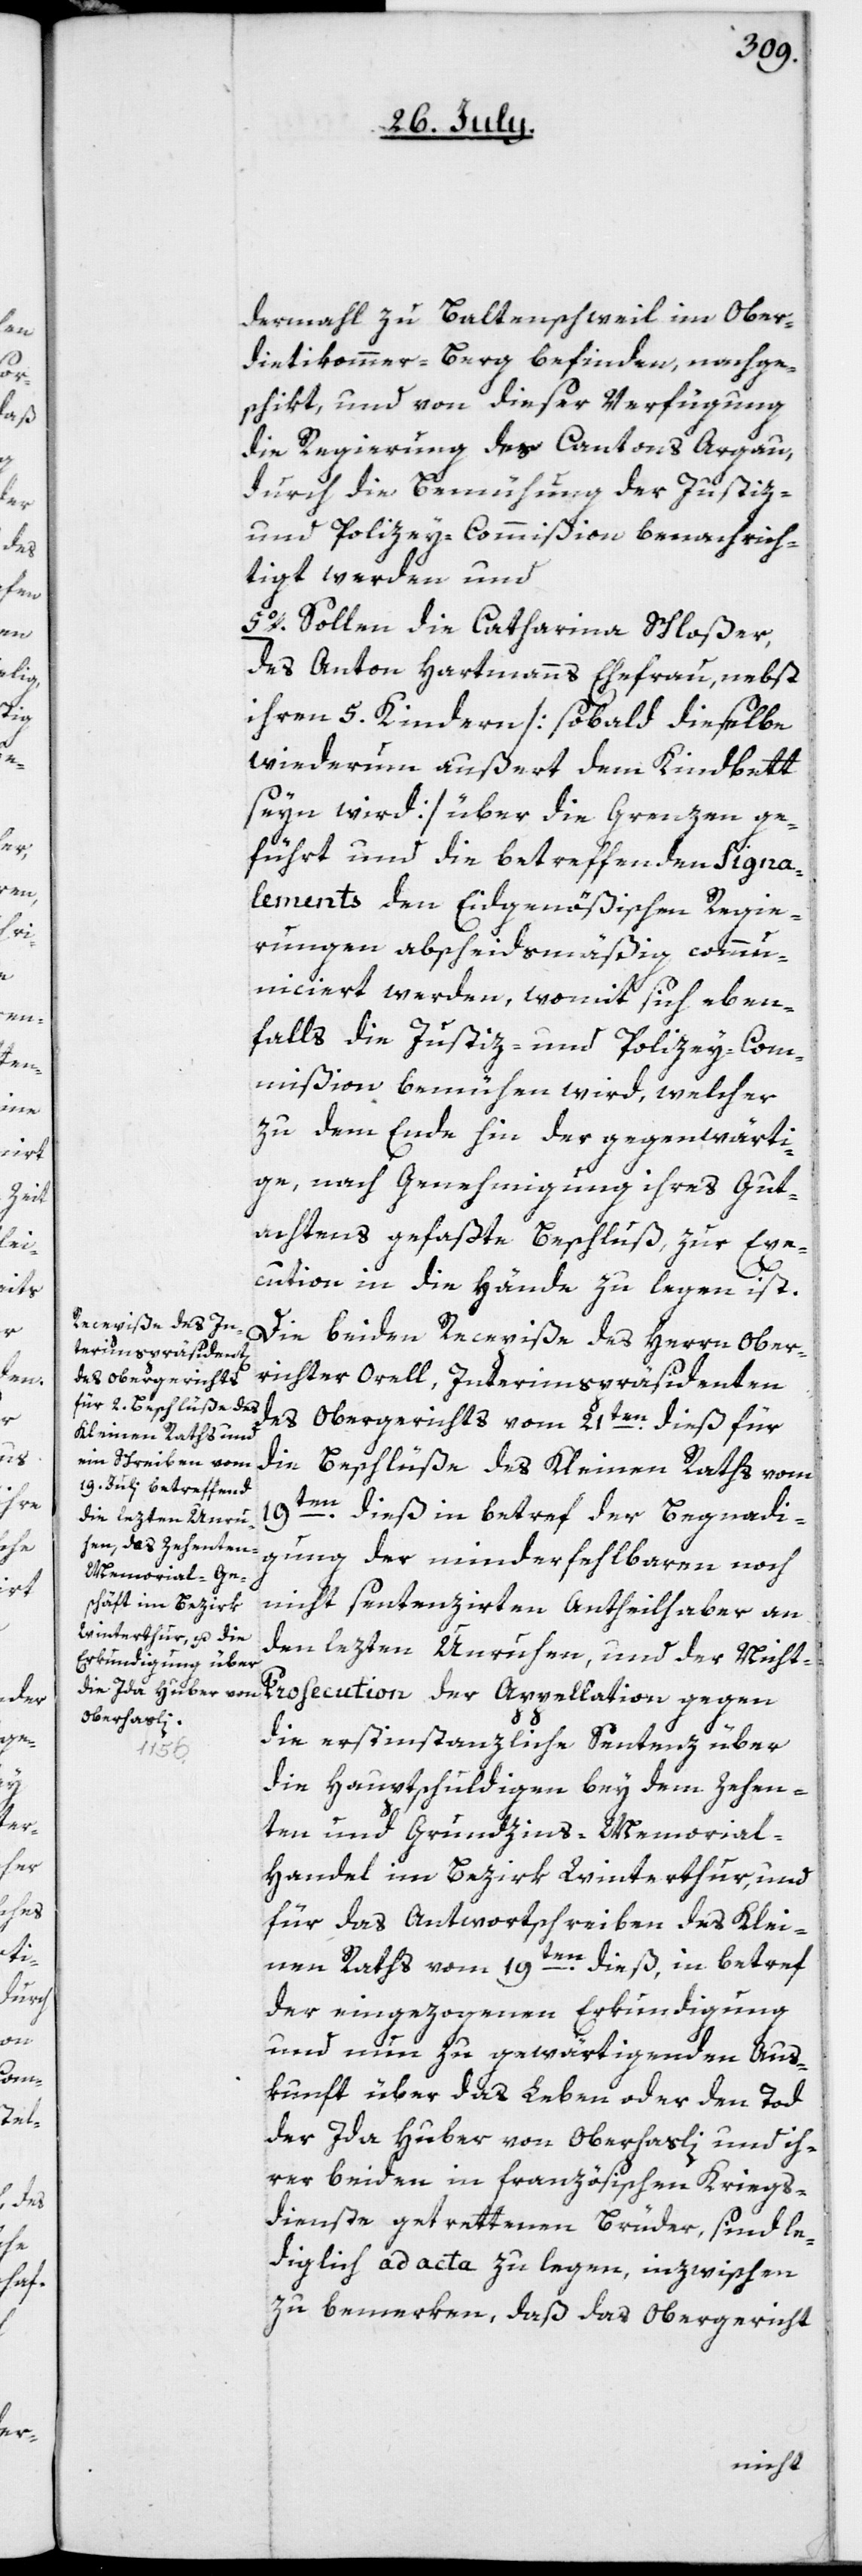
dermahl zu Baltenschweil im Ober¬
dietikommer-Berg befinden, nachge¬
schikt, und von dieser Verfügung
die Regierung des Cantons Argau
durch die Bemühung der Justiz-
und Polizey-Commißion benachrich¬
tigt werden und
5o. Sollen die Catharina Schloßer,
des Anton Hartmanns Ehefrau, nebst
ihren 5. Kindern [sobald dieselbe
wiederum außert dem Kindbett
seyn wird] über die Grenzen ge¬
führt und die betreffenden Signa¬
lements den Eidgenößischen Regie¬
rungen abscheidsmäßig commu¬
niciert werden, womit sich eben¬
falls die Justiz- und Polizey-Com¬
mißion bemühen wird, welcher
zu dem Ende hin der gegenwärti¬
ge, nach Genehmigung ihres Gut¬
achtens gefaßte Beschluß, zur Exe¬
cution in die Hände zu legen ist.
Die beiden Recepiße des Herrn Ober¬
richter Orell, Interimspräsidenten
des Obergerichts vom 21ten dieß für
die
Beschlüße des Kleinen Raths vom
19ten dieß, in betref der Begnadi¬
gung der minderfehlbaren, noch
nicht sentenzirten Antheilhaber an
den lezten Unruhen, und der Nicht-P¬
rosecution der Appellation gegen
die erstinstanzliche Sentenz über
die Hauptschuldigen bey dem Zehen¬
ten- und Grundzins-Memoria¬
l-Handel im Bezirk Winterthur, und
für das Antwortschreiben des Klei¬
nen Raths vom 19ten dieß, in betref
der eingezogenen Erkundigung
und nun zu gewärtigenden Aus¬
kunft über das Leben oder den Tod
der Ida Huber von Oberhasli und ih¬
rer beiden in französischen Kriegs¬
dienste getrettenen Brüder, sind le¬
diglich ad acta zu legen, inzwischen
zu bemerken, daß das Obergericht